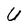
Character: U